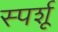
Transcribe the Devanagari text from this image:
स्पर्शू